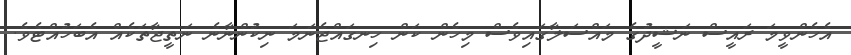
އެހެންވީމަ ރައީސް ނަޝީދުގެ މައްސަލާގައިވެސް މިހެން ކަން ހިނގައްޖެނަމަ ނިކުންނާނެ ނަތީޖާތަކެއް އެބަހުއްޓެވެ.